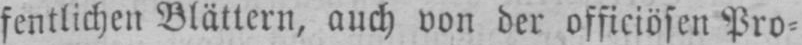
fentlichen Blättern, auch von der officiösen Pro⸗